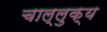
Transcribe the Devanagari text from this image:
चाल्लुक्य